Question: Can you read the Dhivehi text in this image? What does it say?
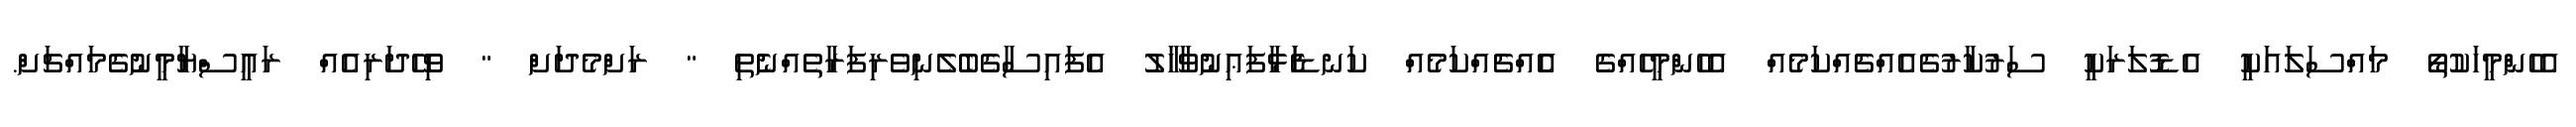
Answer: އެހެންމީހަކުތޯ މައްސަލައަކީ އެޑޮލަރަކީ ސަރުކާރުގެއެއްޗެއްކަމެއް އެހެންމީހެއްގެ އެެއްޗެއްކަމެއް ކަނޑަެަޅާފަޢިނުވާހާލު އެފައިސާގެބެލެނިވެރިފަރާތެއްނެތި " ރަށްމެދަށް " ވިހޭދަރިއެއް ރައީސްޔާމީނުގެމައްޗަށް.